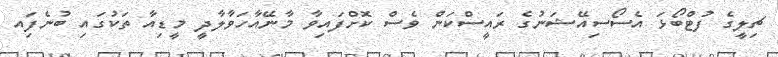
ޗިލީގެ ފުޓްބޯޅަ އެސޯސިއޭޝަނުގެ ރައީސްކަން ވެސް ކޮށްފައިވާ މާނޭއާހަވާލާދީ މީޑިއާ ތަކުގައި ބުނެފަިއ